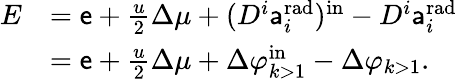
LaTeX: \begin{array}{rl}{E}&{={\mathsf{e}}+\frac{u}{2}\Delta\mu+(D^{i}{\mathsf{a}}_{i}^{\mathrm{rad}})^{\mathrm{in}}-D^{i}{\mathsf{a}}_{i}^{\mathrm{rad}}}\\ &{={\mathsf{e}}+\frac{u}{2}\Delta\mu+\Delta\varphi_{k>1}^{\mathrm{in}}-\Delta\varphi_{k>1}.}\end{array}